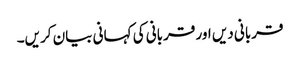
قربانی دیں اور قربانی کی کہانی بیان کریں۔